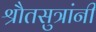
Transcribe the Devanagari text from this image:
श्रौतसुत्रांनी